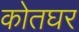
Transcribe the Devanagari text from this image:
कोतघर